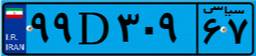
۹۹D۳۰۹۶۷